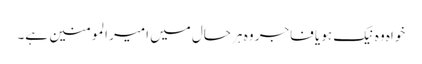
خواہ وہ نیک ہو یا فاجر وہ ہر حال میں امیر المومنین ہے۔